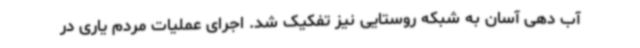
آب دهی آسان به شبکه روستایی نیز تفکیک شد. اجرای عملیات مردم یاری در